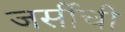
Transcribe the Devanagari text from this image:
जर्सीची